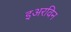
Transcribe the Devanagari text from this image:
इअरविन